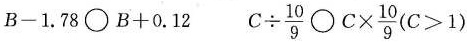
$$B-1.78\bigcirc B+0.12$$ $$C\div \frac{10}{9}\bigcirc C \times \frac{10}{9}(C>1)$$